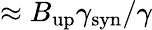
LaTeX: \approx B_{\mathrm{up}}\gamma_{\mathrm{syn}}/\gamma